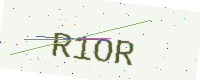
Text: R1OR